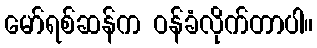
မော်ရစ်ဆန်က ဝန်ခံလိုက်တာပါ။